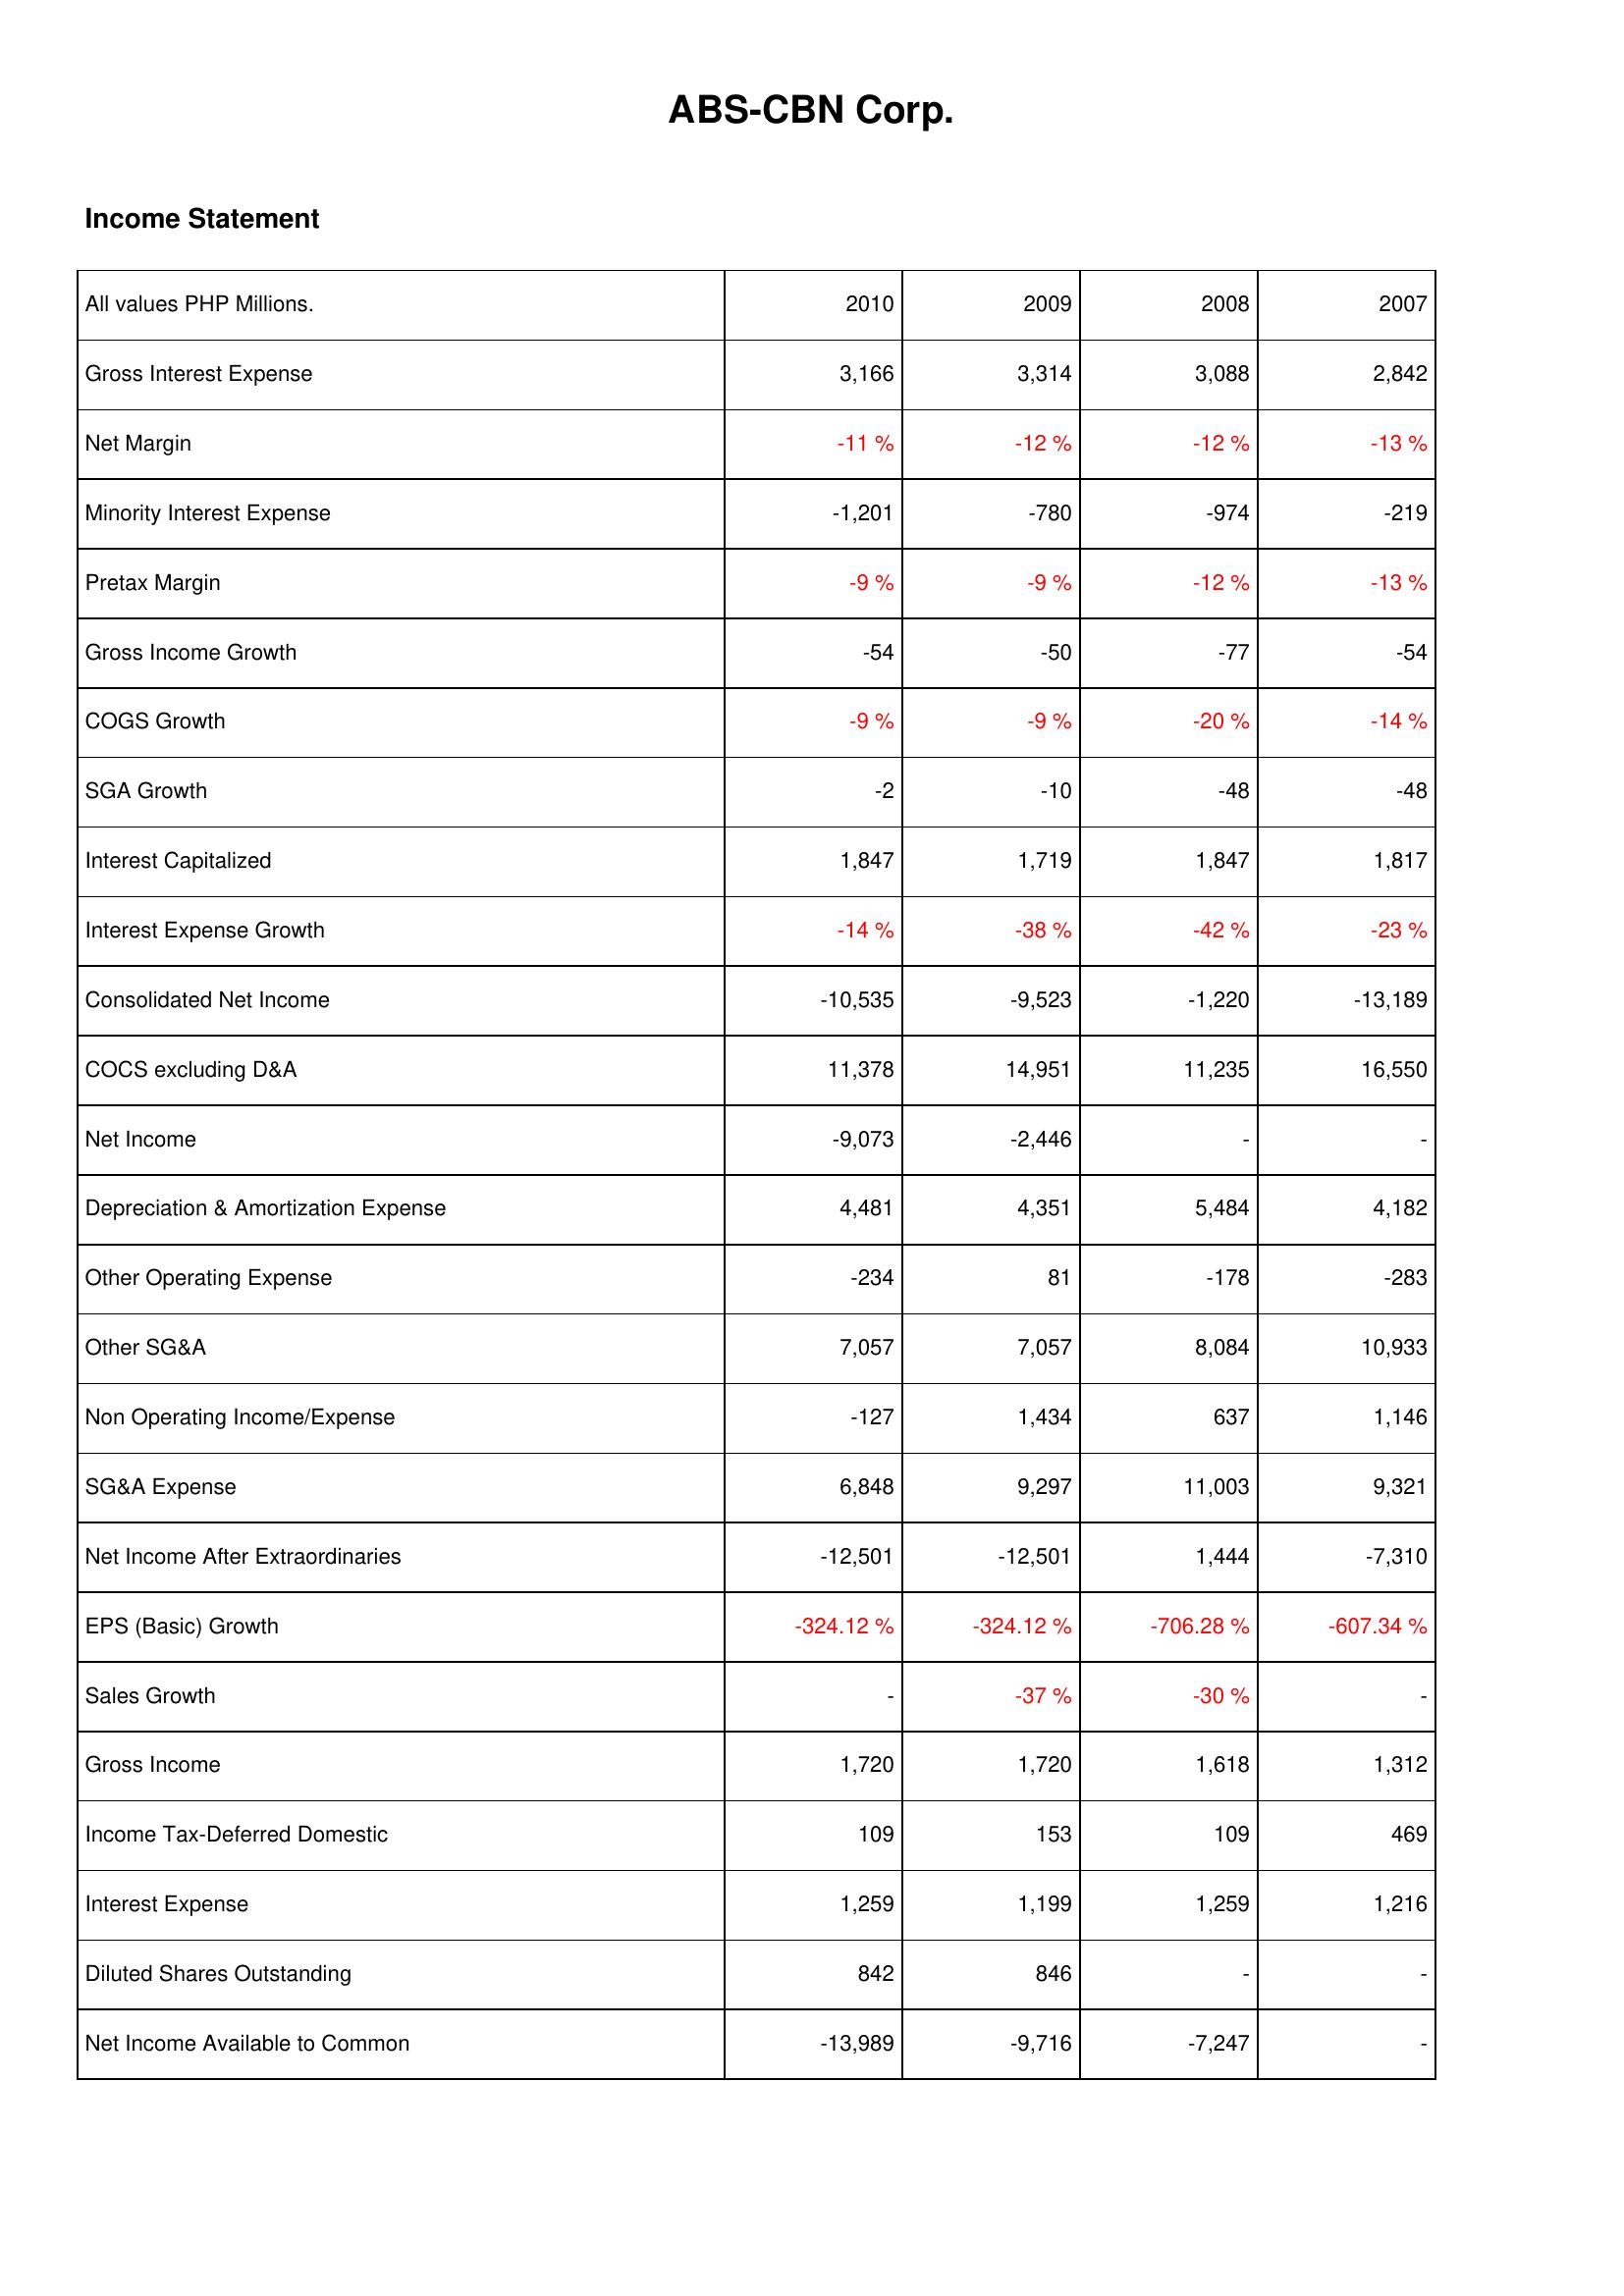
2010: Income Statement: Gross Interest Expense: 3,166
Net Margin: -11 %
Minority Interest Expense: -1,201
Pretax Margin: -9 %
Gross Income Growth: -54
COGS Growth: -9 %
SGA Growth: -2
Interest Capitalized: 1,847
Interest Expense Growth: -14 %
Consolidated Net Income: -10,535
COCS excluding D&A: 11,378
Net Income: -9,073
Depreciation & Amortization Expense: 4,481
Other Operating Expense: -234
Other SG&A: 7,057
Non Operating Income/Expense: -127
SG&A Expense: 6,848
Net Income After Extraordinaries: -12,501
EPS (Basic) Growth: -324.12 %
Sales Growth: -
Gross Income: 1,720
Income Tax-Deferred Domestic: 109
Interest Expense: 1,259
Diluted Shares Outstanding: 842
Net Income Available to Common: -13,989
2009: Income Statement: Gross Interest Expense: 3,314
Net Margin: -12 %
Minority Interest Expense: -780
Pretax Margin: -9 %
Gross Income Growth: -50
COGS Growth: -9 %
SGA Growth: -10
Interest Capitalized: 1,719
Interest Expense Growth: -38 %
Consolidated Net Income: -9,523
COCS excluding D&A: 14,951
Net Income: -2,446
Depreciation & Amortization Expense: 4,351
Other Operating Expense: 81
Other SG&A: 7,057
Non Operating Income/Expense: 1,434
SG&A Expense: 9,297
Net Income After Extraordinaries: -12,501
EPS (Basic) Growth: -324.12 %
Sales Growth: -37 %
Gross Income: 1,720
Income Tax-Deferred Domestic: 153
Interest Expense: 1,199
Diluted Shares Outstanding: 846
Net Income Available to Common: -9,716
2008: Income Statement: Gross Interest Expense: 3,088
Net Margin: -12 %
Minority Interest Expense: -974
Pretax Margin: -12 %
Gross Income Growth: -77
COGS Growth: -20 %
SGA Growth: -48
Interest Capitalized: 1,847
Interest Expense Growth: -42 %
Consolidated Net Income: -1,220
COCS excluding D&A: 11,235
Net Income: -
Depreciation & Amortization Expense: 5,484
Other Operating Expense: -178
Other SG&A: 8,084
Non Operating Income/Expense: 637
SG&A Expense: 11,003
Net Income After Extraordinaries: 1,444
EPS (Basic) Growth: -706.28 %
Sales Growth: -30 %
Gross Income: 1,618
Income Tax-Deferred Domestic: 109
Interest Expense: 1,259
Diluted Shares Outstanding: -
Net Income Available to Common: -7,247
2007: Income Statement: Gross Interest Expense: 2,842
Net Margin: -13 %
Minority Interest Expense: -219
Pretax Margin: -13 %
Gross Income Growth: -54
COGS Growth: -14 %
SGA Growth: -48
Interest Capitalized: 1,817
Interest Expense Growth: -23 %
Consolidated Net Income: -13,189
COCS excluding D&A: 16,550
Net Income: -
Depreciation & Amortization Expense: 4,182
Other Operating Expense: -283
Other SG&A: 10,933
Non Operating Income/Expense: 1,146
SG&A Expense: 9,321
Net Income After Extraordinaries: -7,310
EPS (Basic) Growth: -607.34 %
Sales Growth: -
Gross Income: 1,312
Income Tax-Deferred Domestic: 469
Interest Expense: 1,216
Diluted Shares Outstanding: -
Net Income Available to Common: -